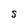
Character: S